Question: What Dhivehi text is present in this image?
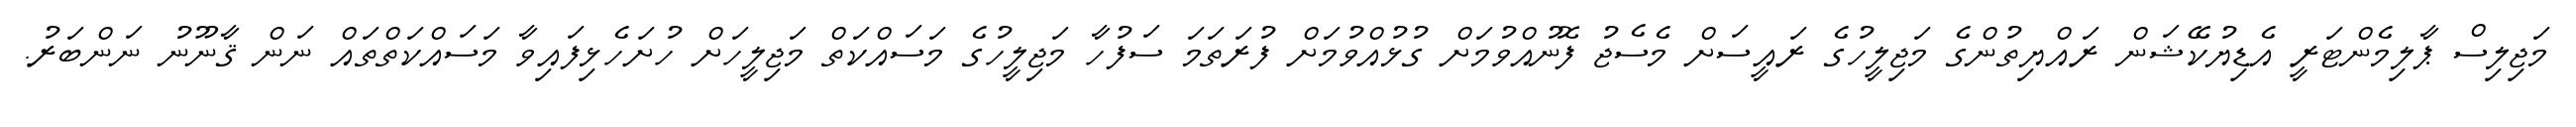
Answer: މަޖިލިސް ޕާލިމެންޓަރީ އެޑިޔުކޭޝަން ރައްޔިތުންގެ މަޖިލީހުގެ ރައީސަށް މެސެޖު ފޮނުއްވުމަށް ގުޅުއްވުމަށް ފުރަތަމަ ސަފުހާ މަޖިލީހުގެ މަސައްކަތް މަޖިލީހަށް ހުށަހެޅިފައިވާ މަސައްކަތްތައް ނަން ޤާނޫނު ނަންބަރު.